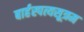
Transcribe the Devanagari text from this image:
बार्हस्पत्यसूत्रम